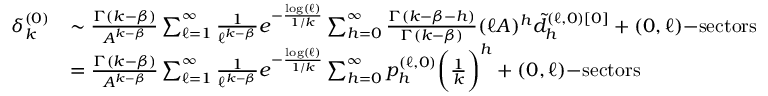
\begin{array} { r l } { \delta _ { k } ^ { ( 0 ) } } & { \sim \frac { \Gamma ( k - \beta ) } { A ^ { k - \beta } } \sum _ { \ell = 1 } ^ { \infty } \frac { 1 } { \ell ^ { k - \beta } } e ^ { - \frac { \log ( \ell ) } { 1 / k } } \sum _ { h = 0 } ^ { \infty } \frac { \Gamma ( k - \beta - h ) } { \Gamma ( k - \beta ) } ( \ell A ) ^ { h } \tilde { d } _ { h } ^ { ( \ell , 0 ) [ 0 ] } + ( 0 , \ell ) \mathrm { - s e c t o r s } } \\ & { = \frac { \Gamma ( k - \beta ) } { A ^ { k - \beta } } \sum _ { \ell = 1 } ^ { \infty } \frac { 1 } { \ell ^ { k - \beta } } e ^ { - \frac { \log ( \ell ) } { 1 / k } } \sum _ { h = 0 } ^ { \infty } p _ { h } ^ { ( \ell , 0 ) } \bigg ( \frac { 1 } { k } \bigg ) ^ { h } + ( 0 , \ell ) \mathrm { - s e c t o r s } } \end{array}